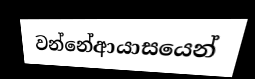
වන්නේආයාසයෙන්